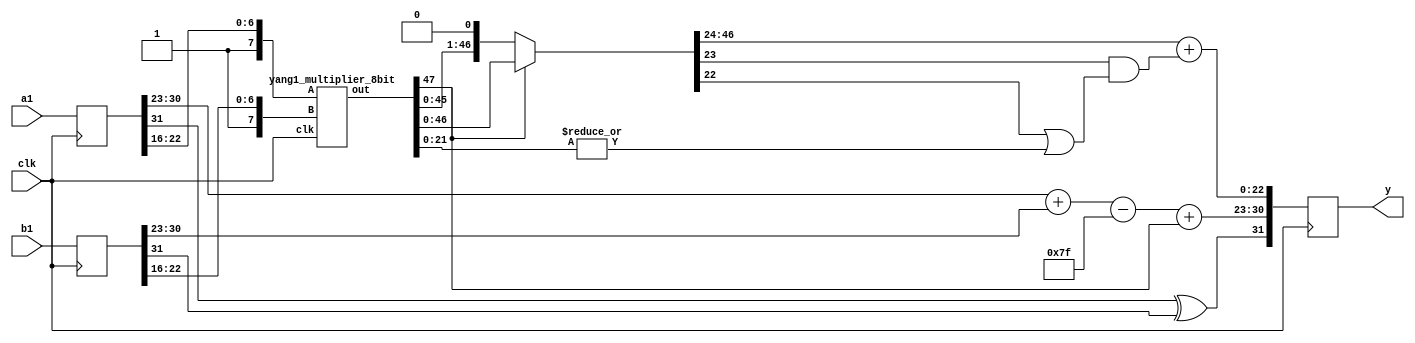
`timescale 1ns / 1ps
//////////////////////////////////////////////////////////////////////////////////
// Company: 
// Engineer: 
// 
// Design Name: 
// Module Name: top_fp_mul_N32_M23_E8
// Project Name: 
// Target Devices: 
// Tool Versions: 
// Description: 
// 
// Dependencies: 
// 
// Revision:
// Revision 0.01 - File Created
// Additional Comments:
// 
//////////////////////////////////////////////////////////////////////////////////

`define N       32
`define E       8
`define MA      23

// indices of components of IEEE 754 FP
`define SIGN   	31
`define EXP    	30:23
`define M    	22:0

`define P    	24    // number of bits for mantissa (including 
`define G    	23    // guard bit index
`define R    	22    // round bit index
`define S    	21:0  // sticky bits range

`define BIAS   	127


module yang1_fp_32_mul(input  wire clk,
			  input  wire[`N-1:0] a1,
              input  wire[`N-1:0] b1,
              output reg[`N-1:0] y);

      reg [`P-2:0] m;
      reg [`E-1:0] e;
      reg s;
      
      wire [`P*2-1:0] product;
  	  reg [`P*2-1:0] product1;
      reg G;
      reg R;
      reg S;
      reg normalized;
    
    
      reg [`N-1:0] a,b;
      wire [`N-1:0] y1;
  yang1_multiplier_8bit M1(.clk(clk),.A({1'b1, a[`R:`R-6]}),.B({1'b1, b[`R:`R-6]}),.out(product));
  
    
      always @(posedge clk) begin
          a = {a1};
          b = {b1};
          y = y1; 
      end
    
    
      always @(*) begin
          // $monitor("product = %b, S = %b, s = %b, m = %b, e = %b", product, S,s,m,e);
          // mantissa is product of a and b's mantissas, 
          // with a 1 added as the MSB to each
		 product1=product;
    
          // get sticky bits by ORing together all bits right of R
          S = |product1[`S]; 
    
          // if the MSB of the resulting product is 0
          // normalize by shifting right    
          normalized = product1[2*`MA+1];
          
        if(!normalized) product1 = product1 << 1; 
          else product1 = product1;
          
    
          // sign is xor of signs
          s = a[`SIGN] ^ b[`SIGN];

          // mantissa is upper 22-bits of product w/ nearest-even rounding
        m = product1[2*`MA:`MA+1] + (product1[`G] & (product1[`R] | S));

          // exponent is sum of a and b's exponents, minus the bias 
          // if the mantissa was shifted, increment the exponent to balance it
          e = a[`EXP] + b[`EXP] - `BIAS + normalized;
    
      end
    
      // output is concatenation of sign, exponent, and mantissa    
      assign y1 = {s, e, m};
    
    endmodule 


module half_adder(a,b,sum,carry);
input a,b;
output sum,carry;

assign sum = a^b;
assign carry = a&b;

endmodule

module full_adder(a, b, c, sum, carry);
	input a, b, c;
	output sum, carry;

	assign sum = a^b^c;
	assign carry = (a&b)|(b&c)|(c&a);
endmodule

// Full Adder


// Exact 4-2 compressor

module exact_comp(x1,x2,x3,x4,cin,cout,sum,carry);
input x1,x2,x3,x4,cin;
output cout,sum,carry;

assign sum= x1^x2^x3^ x4^cin;
assign cout= (x1&x2)|(x3&x2)|(x1&x3);
assign carry= ((x1^x2^x3)&x4)|((x1^x2^x3)&cin)|(cin&x4);  


endmodule


// Pro 1 approximate compressor

module yang1 (x1,x2,x3,x4, sum, carry);
input x1,x2,x3,x4;
output  sum, carry;

assign sum = 1;
assign carry = ((x1 & x3) | (x3 & x4) | (x4 & x1));
endmodule

// Now we are starting the top level module

module yang1_multiplier_8bit(A,B,clk,out);
input [7:0] A,B;
reg [7:0] A_temp,B_temp;
wire [`P*2-1:0] out_temp;
	input clk;
	wire s1,c1,s2,c2,s3,c3,s4,c4,s5,c5,co1,co2,co3,co4,co5,co6,co7,co8,s11,c11,s12,c12,s13,c13,s21,c21;
	wire s22,c22,s23,c23,s24,c24,s25,c25,ls11,lc11,ls12,lc12,ls13,lc13,ls14,lc14,ls21,lc21,ls22,lc22,ls23,lc23,ls24,lc24,ls25,lc25;
	wire fs1,fc1,fs2,fc2,fs3,fc3,fs4,fc4,fs5,fc5,fs6,fc6,fs7,fc7,fs8,fc8,fs9,fc9,fs10,fc10,fs11,fc11,fs12,fc12,fs13,fc13,fs14,fc14,fs15,fc15,fs16,fc16;
	
	
	output reg [`P*2-1:0] out;
	wire [7:0] P[7:0]; 	
	always @(posedge clk)
begin
A_temp<=A;
B_temp<=B;
out<=out_temp;
end	

//-------------------------- 8 bit approximate multiplier in CN configuration ----------------------------------------------
//--------------------------  Partial product generation ------------------------------------------------------------------- 

	genvar i;
	generate
		for(i = 0; i < 8; i = i +1) 
         begin:part_product
			assign P[i][0] = A_temp[0] & B_temp[i] ;
			assign P[i][1] = A_temp[1] & B_temp[i] ;
			assign P[i][2] = A_temp[2] & B_temp[i] ;
			assign P[i][3] = A_temp[3] & B_temp[i] ;
			assign P[i][4] = A_temp[4] & B_temp[i] ;
			assign P[i][5] = A_temp[5] & B_temp[i] ;
			assign P[i][6] = A_temp[6] & B_temp[i] ;
			assign P[i][7] = A_temp[7] & B_temp[i] ;
		end
	endgenerate

//-------------------- First stage of PP reduction from 8 to 4 in C-N configuration -----------------------------------------

half_adder h1(.a(P[0][4]),.b(P[1][3]),.sum(s1),.carry(c1));
half_adder h2(.a(P[4][2]),.b(P[5][1]),.sum(s2),.carry(c2));
half_adder h3(.a(P[6][3]),.b(P[7][2]),.sum(s3),.carry(c3));

full_adder f1(.a(P[5][3]), .b(P[6][2]), .c(P[7][1]), .sum(fs1), .carry(fc1));


yang1 l11(.x1(P[0][5]), .x2(P[1][4]), .x3(P[2][3]), .x4(P[3][2]), .sum(ls11), .carry(lc11));
yang1 l12(.x1(P[0][6]), .x2(P[1][5]), .x3(P[2][4]), .x4(P[3][3]), .sum(ls12), .carry(lc12));
yang1 l13(.x1(P[0][7]), .x2(P[1][6]), .x3(P[2][5]), .x4(P[3][4]), .sum(ls13), .carry(lc13));
yang1 l14(.x1(P[4][3]), .x2(P[5][2]), .x3(P[6][1]), .x4(P[7][0]), .sum(ls14), .carry(lc14));


exact_comp e11(.x1(P[1][7]),.x2(P[2][6]),.x3(P[3][5]),.x4(P[4][4]),.cin(1'b0),.cout(co1),.sum(s11),.carry(c11));
exact_comp e12(.x1(P[2][7]),.x2(P[3][6]),.x3(P[4][5]),.x4(P[5][4]),.cin(co1),.cout(co2),.sum(s12),.carry(c12));
exact_comp e13(.x1(P[3][7]),.x2(P[4][6]),.x3(P[5][5]),.x4(P[6][4]),.cin(co2),.cout(co3),.sum(s13),.carry(c13));

full_adder f2(.a(P[4][7]), .b(P[5][6]), .c(co3),  .sum(fs2), .carry(fc2));

//------------------- Second stage of PP reduction from 4 to 2 in C-N configuration ------------------------------------------
half_adder h4(.a(P[0][2]),.b(P[1][1]),.sum(s4),.carry(c4));
yang1 l21(.x1(P[0][3]), .x2(P[1][2]), .x3(P[2][1]), .x4(P[3][0]), .sum(ls21), .carry(lc21));
yang1 l22(.x1(s1), .x2(P[2][2]), .x3(P[3][1]), .x4(P[4][0]), .sum(ls22), .carry(lc22));
yang1 l23(.x1(ls11), .x2(c1), .x3(P[4][1]), .x4(P[5][0]), .sum(ls23), .carry(lc23));
yang1 l24(.x1(ls12), .x2(lc11), .x3(s2), .x4(P[6][0]), .sum(ls24), .carry(lc24));
yang1 l25(.x1(ls13), .x2(lc12), .x3(ls14), .x4(c2), .sum(ls25), .carry(lc25));


exact_comp e21(.x1(s11),.x2(lc13),.x3(fs1),.x4(lc14),.cin(1'b0),.cout(co4),.sum(s21),.carry(c21));
exact_comp e22(.x1(s12),.x2(c11),.x3(s3),.x4(fc1),.cin(co4),.cout(co5),.sum(s22),.carry(c22));
exact_comp e23(.x1(s13),.x2(c12),.x3(P[7][3]),.x4(c3),.cin(co5),.cout(co6),.sum(s23),.carry(c23));
exact_comp e24(.x1(fs2),.x2(c13),.x3(P[6][5]),.x4(P[7][4]),.cin(co6),.cout(co7),.sum(s24),.carry(c24));
exact_comp e25(.x1(P[5][7]),.x2(fc2),.x3(P[6][6]),.x4(P[7][5]),.cin(co7),.cout(co8),.sum(s25),.carry(c25));

full_adder f3(.a(P[6][7]), .b(P[7][6]), .c(co8), .sum(fs3), .carry(fc3));


//----------------- Third stage of carry propagation addition of two final rows in C-N configuration --------------------------
half_adder h5(.a(P[0][1]),.b(P[1][0]),.sum(s5),.carry(c5));
full_adder f4(.a(s4),.b(P[2][0]),.c(c5),.sum(fs4),.carry(fc4));
full_adder f5(.a(ls21),.b(c4),.c(fc4),.sum(fs5),.carry(fc5));
full_adder f6(.a(ls22),.b(lc21),.c(fc5),.sum(fs6),.carry(fc6));
full_adder f7(.a(ls23),.b(lc22),.c(fc6),.sum(fs7),.carry(fc7));
full_adder f8(.a(ls24),.b(lc23),.c(fc7),.sum(fs8),.carry(fc8));
full_adder f9(.a(ls25),.b(lc24),.c(fc8),.sum(fs9),.carry(fc9));
full_adder f10(.a(s21),.b(lc25),.c(fc9),.sum(fs10),.carry(fc10));
full_adder f11(.a(s22),.b(c21),.c(fc10),.sum(fs11),.carry(fc11));
full_adder f12(.a(s23),.b(c22),.c(fc11),.sum(fs12),.carry(fc12));
full_adder f13(.a(s24),.b(c23),.c(fc12),.sum(fs13),.carry(fc13));
full_adder f14(.a(s25),.b(c24),.c(fc13),.sum(fs14),.carry(fc14));
full_adder f15(.a(fs3),.b(c25),.c(fc14),.sum(fs15),.carry(fc15));
full_adder f16(.a(P[7][7]),.b(fc3),.c(fc15),.sum(fs16),.carry(fc16));


//----------------------- Concatenation of sum and carry bits ------------------------------------------------------------------

assign out_temp = {fc16,fs16,fs15,fs14,fs13,fs12,fs11,fs10,fs9,fs8,fs7,fs6,fs5,fs4,s5,P[0][0],32'b0}; 



endmodule